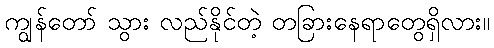
ကျွန်တော် သွား လည်နိုင်တဲ့ တခြားနေရာတွေရှိလား။